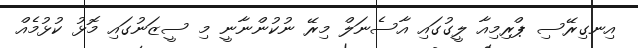
އިނގިރޭސި ޕްރިމިއާ ލީގުގައި އާސެނަލް މިރޭ ނުކުންނާނީ މި ސީޒަނުގައި މޮޅު ކުޅުމެއް